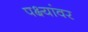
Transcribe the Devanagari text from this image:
पक्ष्यांवर